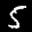
Label: 5